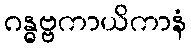
ဂန္ဓဗ္ဗကာယိကာနံ